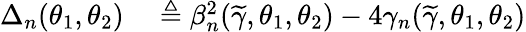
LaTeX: \begin{array}{rl}{\Delta_{n}(\theta_{1},\theta_{2})}&{{}\triangleq\beta_{n}^{2}(\widetilde{\gamma},\theta_{1},\theta_{2})-4\gamma_{n}(\widetilde{\gamma},\theta_{1},\theta_{2})}\end{array}